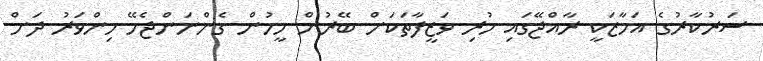
ސަރުކާރުގެ އަމާޒަކީ ރާއްޖޭގައި ހުރި ވަޒީފާތަކަށް ބޭރުން މީހުން ގެންނަންޖެހޭ މިންވަރު ދަށް